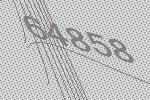
64858